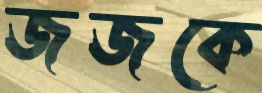
জজকে